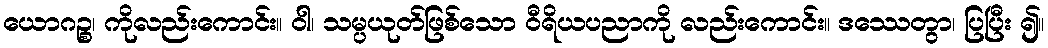
ယောဂဉ္စ၊ ကိုလည်းကောင်း။ ဝါ၊ သမ္ပယုတ်ဖြစ်သော ဝီရိယပညာကို လည်းကောင်း။ ဒဿေတွာ၊ ပြပြီး ၍။